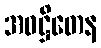
အဝဋ္ဌိတေန